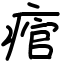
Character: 痯